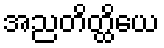
အညတိတ္ထိယေ